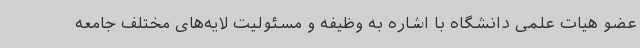
عضو هیات علمی دانشگاه با اشاره به وظیفه و مسئولیت لایه‌های مختلف جامعه